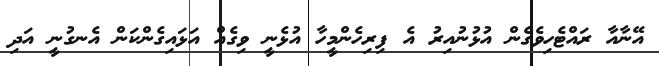
އޭނާއާ ރައްޓެހިވެގެން އުޅުނުއިރު އެ ފިރިހެންމީހާ އުޅެނީ ވިގެއް އަޅައިގެންކަން އެނގުނީ އަދި